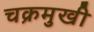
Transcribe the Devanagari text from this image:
चक्रमुखी